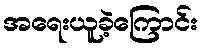
အရေးယူခဲ့ကြောင်း